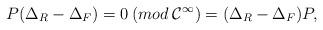
LaTeX: \begin{align*}P(\Delta_R -\Delta_F) = 0 \:(mod \:{\cal C}^\infty)= (\Delta_R-\Delta_F)P,\end{align*}